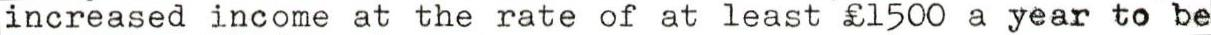
increased income at the rate of at least £1500 a year to be